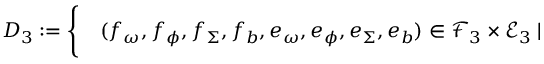
\begin{array} { r l } { D _ { 3 } : = \Bigg \{ } & { { } ( f _ { \omega } , f _ { \phi } , f _ { \Sigma } , f _ { b } , e _ { \omega } , e _ { \phi } , e _ { \Sigma } , e _ { b } ) \in \mathcal { F } _ { 3 } \times \mathcal { E } _ { 3 } \mid } \end{array}